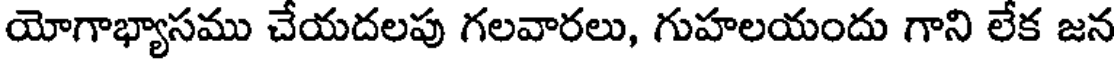
యోగాభ్యాసము చేయదలపు గలవారలు, గుహలయందు గాని లేక జన